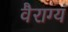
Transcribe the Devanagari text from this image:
वैराग्यं